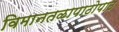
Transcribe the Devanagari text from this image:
विमानतळापाठोपाठ